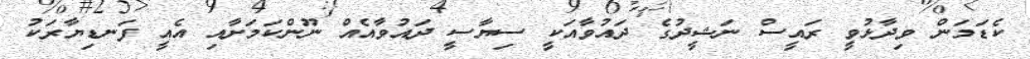
ކެޑަމަން ވިދާޅުވީ ރައީސް ނަޝީދުގެ ދައުވާއަކީ ސިޔާސީ ދައުވާއެއް ނޫންކަމަށާއި އެއީ ފަނޑިޔާރަކު